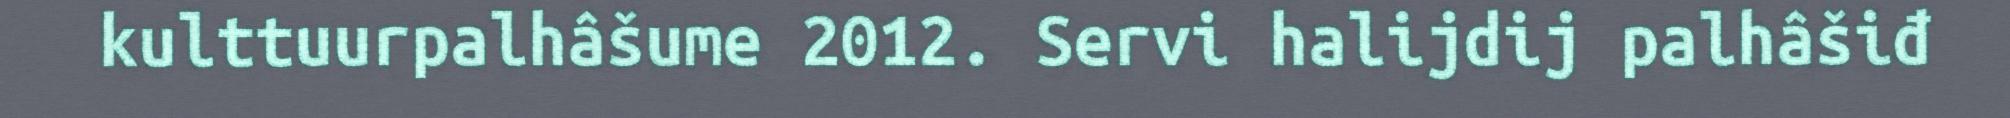
kulttuurpalhâšume 2012. Servi halijdij palhâšiđ